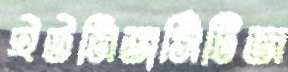
ইউনিভার্সিটিজ